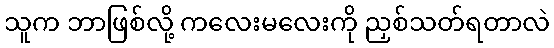
သူက ဘာဖြစ်လို့ ကလေးမလေးကို ညှစ်သတ်ရတာလဲ